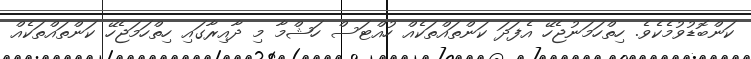
ކަންބޮޑުވުމެކެވެ. ހިތްހަމަނުޖެހޭ އެފަދަ ކަންތައްތަކެއް ހުއްޓަސް ހަޝްމާ މި ދާއިރާގައި ހިތްހަމަޖެހޭ ކަންތައްތަކެއް